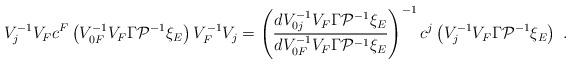
LaTeX: \begin{align*}V_j^{-1}V_Fc^F\left( V_{0F}^{-1}V_F\Gamma {\cal P}^{-1}\xi _E\right) V_F^{-1}V_j=\left(\frac{dV_{0j}^{-1}V_F\Gamma {\cal P}^{-1}\xi _E}{dV_{0F}^{-1}V_F\Gamma {\cal P}^{-1}\xi _E}\right) ^{-1}c^j\left( V^{-1}_jV_F\Gamma {\cal P}^{-1}\xi _E\right) \ .\end{align*}